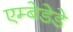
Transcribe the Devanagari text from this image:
एम्बेडेडे